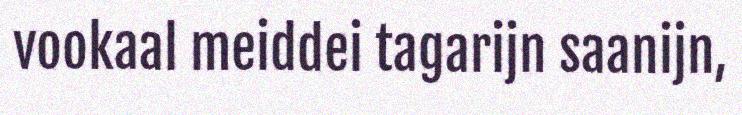
vookaal meiddei tagarijn saanijn,